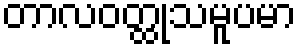
တာလဝတ္ထုသမူပမာ